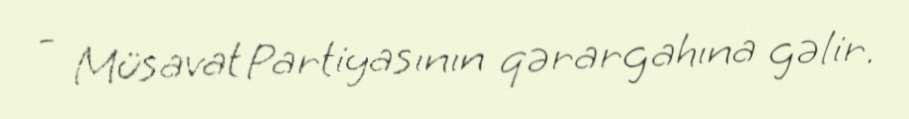
- Müsavat Partiyasının qərargahına gəlir.